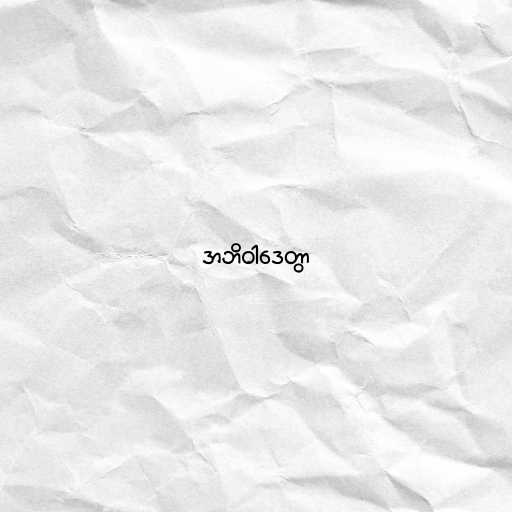
အဘိဝါဒေတွာ